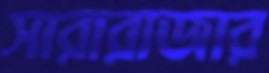
সারারাজার